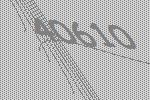
40610